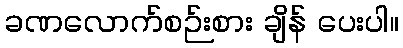
ခဏလောက်စဉ်းစား ချိန် ပေးပါ။